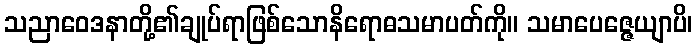
သညာဝေဒနာတို့၏ချုပ်ရာဖြစ်သောနိရောဓသမာပတ်ကို။ သမာပေဇ္ဇေယျာပိ၊